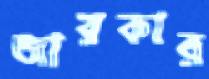
জারকার